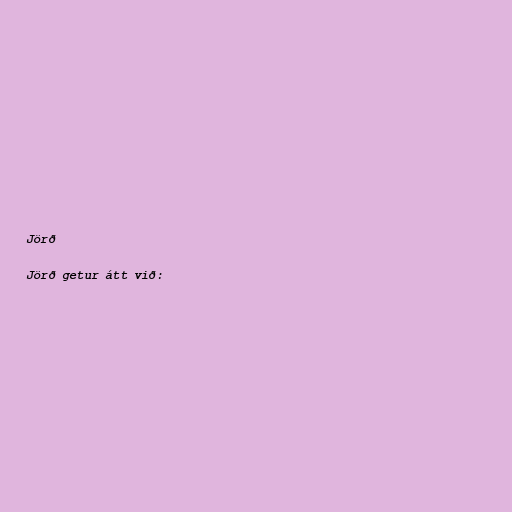
Jörð

Jörð getur átt við: